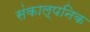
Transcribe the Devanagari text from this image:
संकाल्पनिक